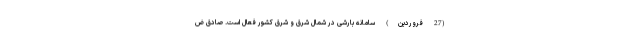
(27 فروردین) سامانه بارشی در شمال شرق و شرق کشور فعال است. صادق ض